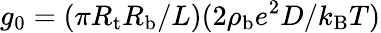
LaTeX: g_{0}=(\pi R_{\mathrm{t}}R_{\mathrm{b}}/L)(2\rho_{\mathrm{{b}}}e^{2}D/k_{\mathrm{B}}T)